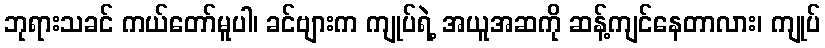
ဘုရားသခင် ကယ်တော်မူပါ၊ ခင်ဗျားက ကျုပ်ရဲ့ အယူအဆကို ဆန့်ကျင်နေတာလား၊ ကျုပ်